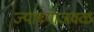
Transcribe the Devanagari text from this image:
ज्याच्याजवळ